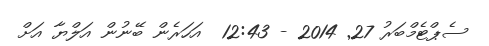
ސެޕްޓެމްބަރު 27